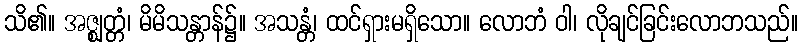
သိ၏။ အဇ္ဈတ္တံ၊ မိမိသန္တာန်၌။ အသန္တံ၊ ထင်ရှားမရှိသော။ လောဘံ ဝါ၊ လိုချင်ခြင်းလောဘသည်။